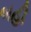
બહી